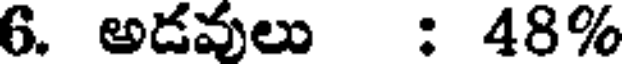
6. అడవులు : 48%